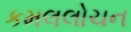
કમલલોચન